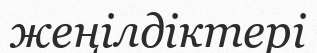
жеңілдіктері